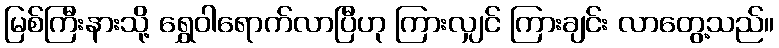
မြစ်ကြီးနားသို့ ရွှေဝါရောက်လာပြီဟု ကြားလျှင် ကြားချင်း လာတွေ့သည်။